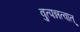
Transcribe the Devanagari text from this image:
वुत्पन्नत्वात्